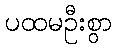
ပထမဦးစွာ